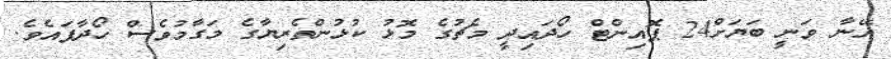
އޭނާ ވަނީ ބަޔަށް24 ޕޮއިންޓް ހޯދައިދީ މެޗުގެ މޮޅު ކުޅުންތެރިޔާގެ މަގާމުވެސް ހޯދާފައެވެ.